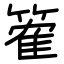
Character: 篧